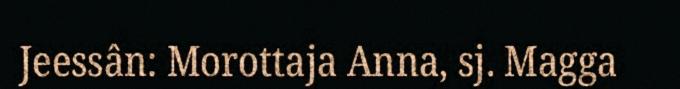
Jeessân: Morottaja Anna, sj. Magga